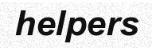
helpers